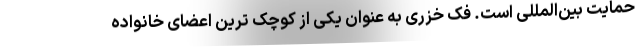
حمایت بین‌المللی است. فک خزری به عنوان یکی از کوچک ترین اعضای خانواده